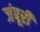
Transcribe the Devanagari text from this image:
जंबूरी